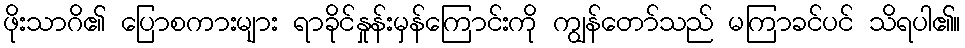
ဖိုးသာဂိ၏ ပြောစကားများ ရာခိုင်နှုန်းမှန်ကြောင်းကို ကျွန်တော်သည် မကြာခင်ပင် သိရပါ၏။